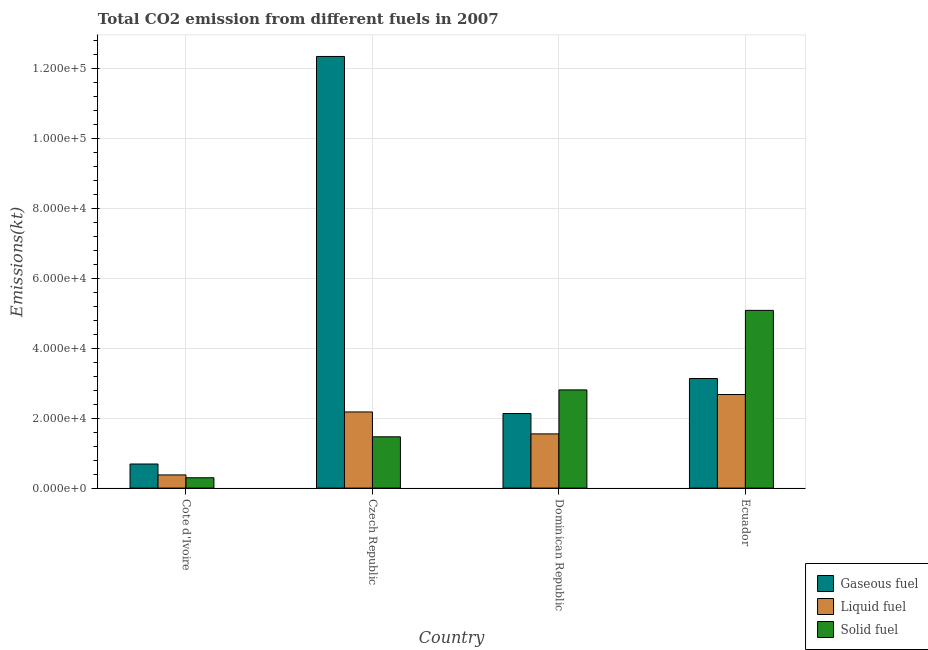
| Country | Gaseous fuel | Liquid fuel | Solid fuel |
 | --- | --- | --- | --- |
 | Cote d'Ivoire | 6.88e+03 | 3.76e+03 | 2.95e+03 |
 | Czech Republic | 1.23e+05 | 2.18e+04 | 1.47e+04 |
 | Dominican Republic | 2.13e+04 | 1.55e+04 | 2.81e+04 |
 | Ecuador | 3.13e+04 | 2.67e+04 | 5.08e+04 |